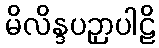
မိလိန္ဒပဉှာပါဠိ